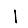
Digit: 1